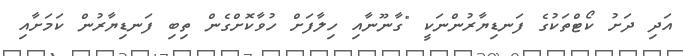
އަދި ދަށު ކޯޓްތަކުގެ ފަނޑިޔާރުންނަކީ "ގާނޫނާއި ހިލާފަށް ހުވާކޮށްގެން ތިބި ފަނޑިޔާރުން ކަަމަށާއި